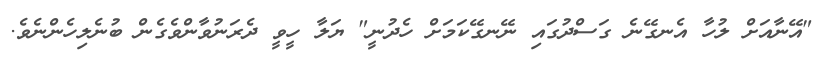
"އޭނާއަށް ލުހާ އެނގޭނެ ގަސްދުގައި ނޭނގޭކަމަށް ހެދުނީ" ޔަލާ ހީވީ ދެރަނުވާންވެގެން ބުނެލިހެންނެވެ.